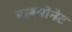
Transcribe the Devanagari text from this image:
पलमोनेट